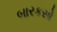
બારકસો